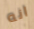
انه